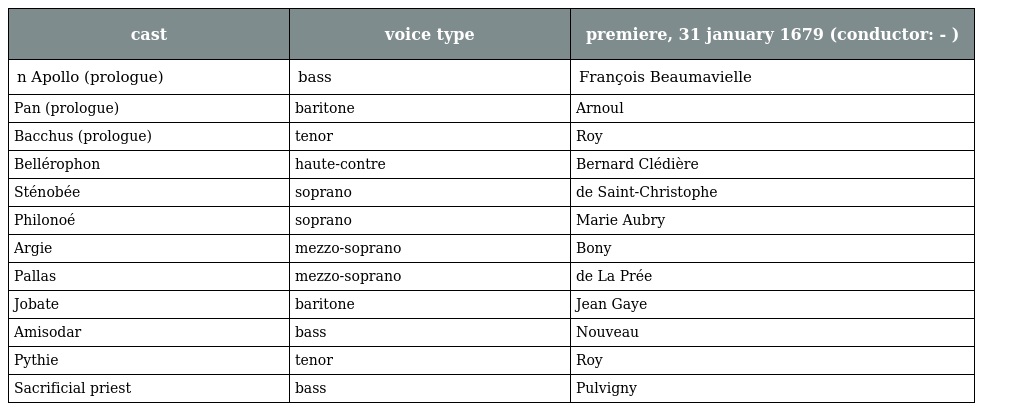
| cast | voice type | premiere, 31 january 1679 (conductor: - ) |
 | --- | --- | --- |
 | n Apollo (prologue) | bass | François Beaumavielle |
 | Pan (prologue) | baritone | Arnoul |
 | Bacchus (prologue) | tenor | Roy |
 | Bellérophon | haute-contre | Bernard Clédière |
 | Sténobée | soprano | de Saint-Christophe |
 | Philonoé | soprano | Marie Aubry |
 | Argie | mezzo-soprano | Bony |
 | Pallas | mezzo-soprano | de La Prée |
 | Jobate | baritone | Jean Gaye |
 | Amisodar | bass | Nouveau |
 | Pythie | tenor | Roy |
 | Sacrificial priest | bass | Pulvigny |